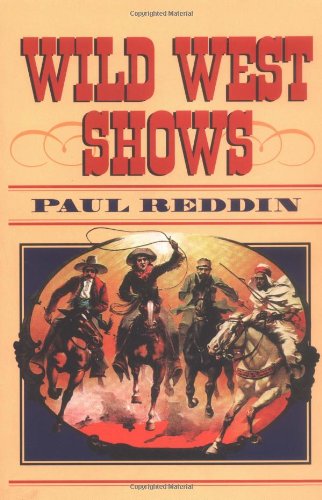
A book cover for Wild West Shows; Paul Reddin; Sports & Outdoors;